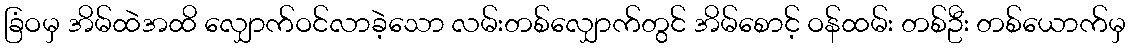
ခြံဝမှ အိမ်ထဲအထိ လျှောက်ဝင်လာခဲ့သော လမ်းတစ်လျှောက်တွင် အိမ်စောင့် ဝန်ထမ်း တစ်ဦး တစ်ယောက်မှ